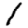
Digit: 1